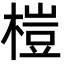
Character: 榿